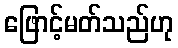
ဖြောင့်မတ်သည်ဟု